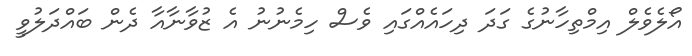
އޯލެވެލް އިމްތިހާނުގެ ގަދަ ދިހައެއްގައި ވެސް ހިމެނުނު އެ ޒުވާނާއާ ދެން ބައްދަލުވީ